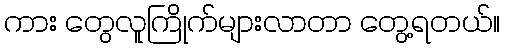
ကား တွေလူကြိုက်များလာတာ တွေ့ရတယ်။